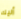
أليك